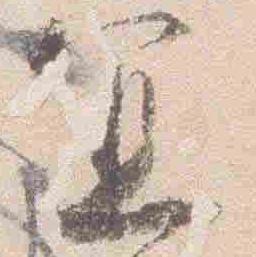
宜